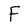
Character: F